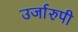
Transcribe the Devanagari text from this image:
उर्जारुपी